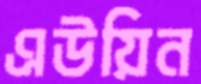
এউয়িন